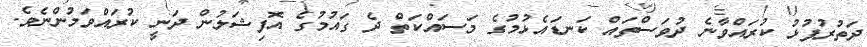
ދަތުރުފުޅު ކުރައްވާނެ ދުވަސްތައް ކަނޑައެޅުމުގެ މަސައްކަތް ދެ ގައުމުގެ އޮފިޝަލުން ދަނީ ކުރައްވަމުންނެވެ.